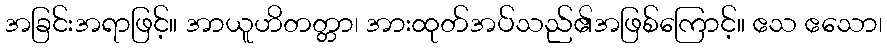
အခြင်းအရာဖြင့်။ အာယူဟိတတ္တာ၊ အားထုတ်အပ်သည်၏အဖြစ်ကြောင့်။ ဧသ ဧသော၊